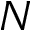
N